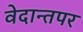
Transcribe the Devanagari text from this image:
वेदान्तपर